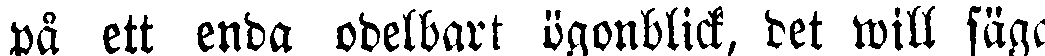
på ett enda odelbart ögonblick, det will säga